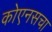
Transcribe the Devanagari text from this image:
कोएनसचा